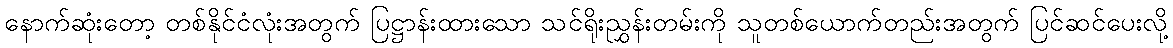
နောက်ဆုံးတော့ တစ်နိုင်ငံလုံးအတွက် ပြဋ္ဌာန်းထားသော သင်ရိုးညွှန်းတမ်းကို သူတစ်ယောက်တည်းအတွက် ပြင်ဆင်ပေးလို့